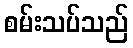
စမ်းသပ်သည်